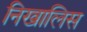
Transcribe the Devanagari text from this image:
निखालिस